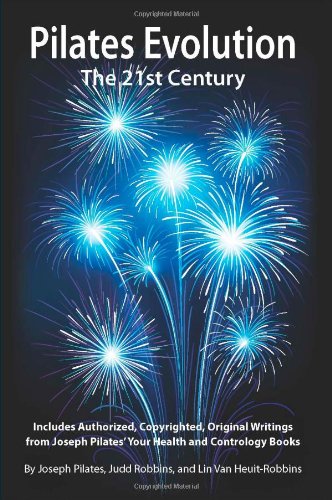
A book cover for Pilates Evolution - The 21st Century; Joseph Pilates; Health, Fitness & Dieting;